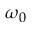
\omega _ { 0 }